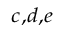
^ { c , d , e }